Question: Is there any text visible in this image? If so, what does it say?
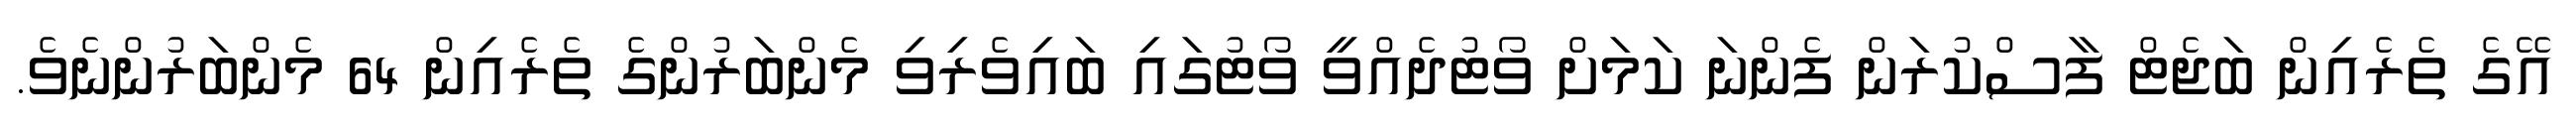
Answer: އޭގެ ތެރެއިން ބަޖެޓް ފާސްކުރަން ފެންނަ ކަމަށް ވޯޓުދެއްވީ ވޯޓުގައި ބައިވެރިވި މެންބަރުންގެ ތެރެއިން 64 މެންބަރުންނެވެ.